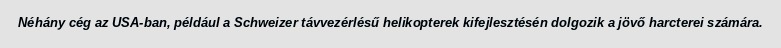
Néhány cég az USA-ban, például a Schweizer távvezérlésű helikopterek kifejlesztésén dolgozik a jövő harcterei számára.